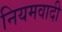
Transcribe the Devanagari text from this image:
नियमवादी